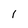
Character: I